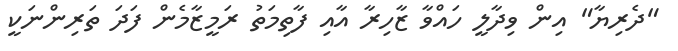
"ދެރިޔާ" އިން ވިދާލީ ހައްވާ ޒާހިރާ އާއި ފާތިމަތު ރަމީޒާމެން ފަދަ ތަރިންނަކީ